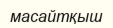
масайтқыш